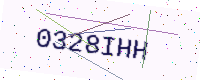
Text: 0328IHH